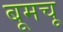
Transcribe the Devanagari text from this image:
बूमचू